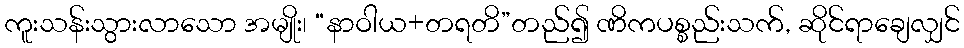
ကူးသန်းသွားလာသော အမျိုး၊ “နာဝါယ+တရတိ”တည်၍ ဏိကပစ္စည်းသက်, ဆိုင်ရာချေလျှင်